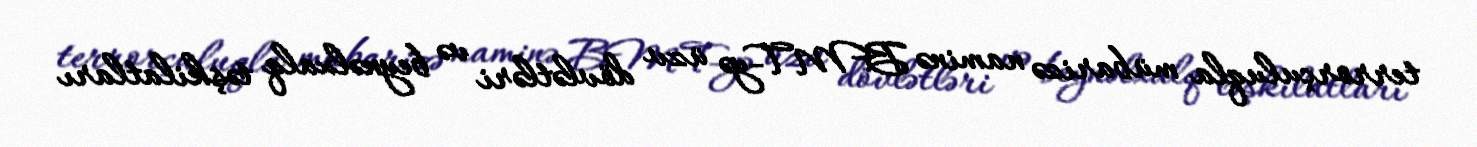
terrorçuluqla mübarizə naminə BMT-yə üzv dövlətləri və beynəlxalq təşkilatları